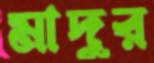
মাদুর